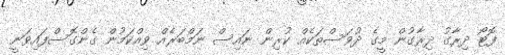
ފޮޓޯ ދިރާގު ދިރާގުން މީގެ ދުވަސްތަކެއް ކުރިން ނައިސް ނަމްބަރެއް ވިއްކަމުން ގެންގޮސްފައިވަނީ